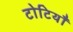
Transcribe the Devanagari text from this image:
टोटियाँ